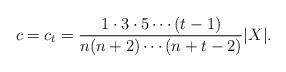
LaTeX: \begin{align*}c = c_t = \dfrac{1 \cdot 3 \cdot 5\cdots (t-1)}{n(n+2) \cdots (n+t-2)}\lvert X\rvert.\end{align*}